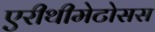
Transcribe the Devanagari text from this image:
एरीथीमेटोसस